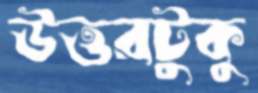
উত্তরটুকু